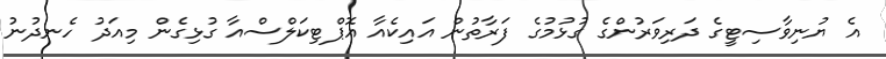
އެ ޔުނިވާސިޓީގެ ދަރިވަރުންގެ ގުޅުމުގެ ފަރާތުން އައިކެއާ އޮޕްޓިކަލްސްއާ ގުޅިގެން މިއަދު ހެނދުނު